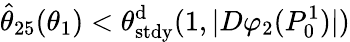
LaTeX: \hat{\theta}_{25}(\theta_{1})<\theta_{\mathrm{stdy}}^{\mathrm{d}}(1,|D\varphi_{2}(P_{0}^{1})|)